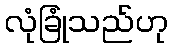
လုံခြုံသည်ဟု